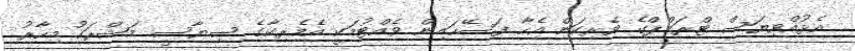
އެޅުއްވިޔަސް ޓްރަމްޕްގެ ވެރިކަން އެހާ ފަސޭހައިން ވެއްޓުމަކީ އެމެރިކާގެ ސިޔާސީ މަޝްރަހު މިހާރު